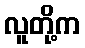
လူတို့က